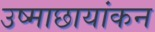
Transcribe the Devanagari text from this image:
उष्माछायांकन